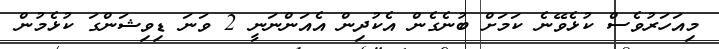
މިއަހަރުވެސް ކުޅެވޭނެ ކަމަށް ބުނެގެން އެކުދިން އެއަންނަނީ 2 ވަނަ ޑިވިޝަންގަ ކުޅެމުން